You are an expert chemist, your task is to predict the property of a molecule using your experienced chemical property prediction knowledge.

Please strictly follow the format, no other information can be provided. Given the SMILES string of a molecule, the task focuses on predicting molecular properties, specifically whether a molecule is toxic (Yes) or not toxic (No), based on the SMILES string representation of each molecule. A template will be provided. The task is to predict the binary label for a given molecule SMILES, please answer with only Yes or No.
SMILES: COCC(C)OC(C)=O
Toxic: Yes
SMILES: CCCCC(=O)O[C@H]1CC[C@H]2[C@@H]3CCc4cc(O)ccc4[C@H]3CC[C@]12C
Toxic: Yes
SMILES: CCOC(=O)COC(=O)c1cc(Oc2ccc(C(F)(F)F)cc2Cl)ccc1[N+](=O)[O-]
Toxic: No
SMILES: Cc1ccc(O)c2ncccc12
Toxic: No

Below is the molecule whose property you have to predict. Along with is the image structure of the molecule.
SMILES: Cc1cccc(O)c1C
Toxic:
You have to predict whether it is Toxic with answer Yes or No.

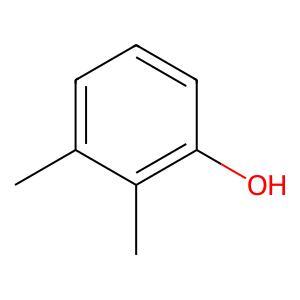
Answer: No